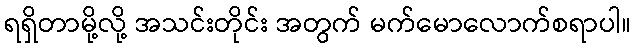
ရရှိတာမို့လို့ အသင်းတိုင်း အတွက် မက်မောလောက်စရာပါ။